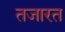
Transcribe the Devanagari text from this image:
तजारत